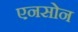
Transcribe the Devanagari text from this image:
एनसोन